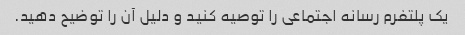
یک پلتفرم رسانه اجتماعی را توصیه کنید و دلیل آن را توضیح دهید.